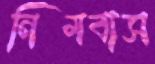
নিমবাস